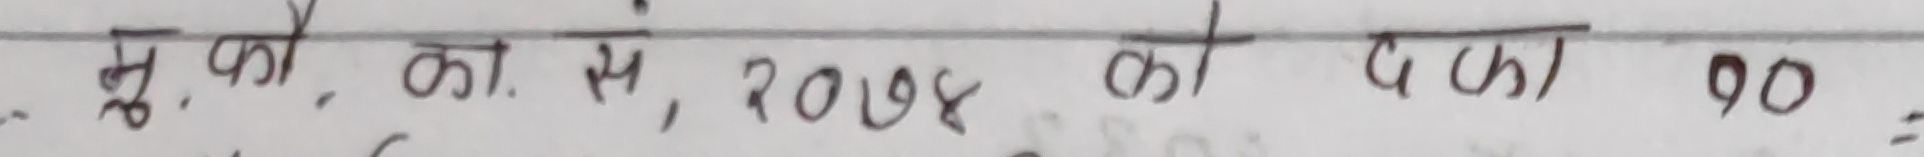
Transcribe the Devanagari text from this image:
मु. कौ. को. सं. २०१४ को दफा १०